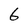
Character: 6